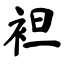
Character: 袒